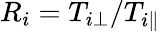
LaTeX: R_{i}=T_{i\perp}/T_{i\parallel}